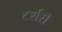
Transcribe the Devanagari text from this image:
टर्शरी